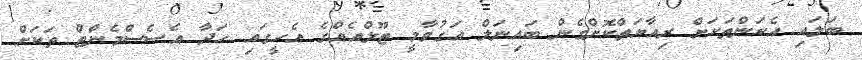
ބަލައި އެކަންތަކަށް ރިއާޔަތްކޮށްގެން ބައިނަލް އަގުވާމީ ޓޫލްއެއްގެ އެހީގައި ހަދާ އެސެސްމެންޓް ތަކަށް